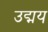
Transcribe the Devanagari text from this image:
उद्मय